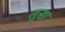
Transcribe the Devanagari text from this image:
लुसा